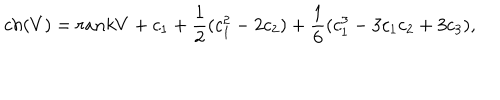
c h ( V ) = r a n k V + c _ { 1 } + \frac { 1 } { 2 } ( c _ { 1 } ^ { 2 } - 2 c _ { 2 } ) + \frac { 1 } { 6 } ( c _ { 1 } ^ { 3 } - 3 c _ { 1 } c _ { 2 } + 3 c _ { 3 } ) ,